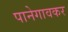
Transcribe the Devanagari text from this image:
पानेगावकर